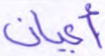
أعيان